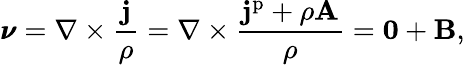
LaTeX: \pmb{\nu}=\nabla\times\frac{\mathbf{j}}{\rho}=\nabla\times\frac{\mathbf{j}^{\mathrm{p}}+\rho\mathbf{A}}{\rho}=\mathbf{0}+\mathbf{B},